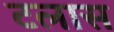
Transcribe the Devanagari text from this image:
टलास